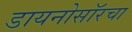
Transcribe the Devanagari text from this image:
डायनोसॉरचा